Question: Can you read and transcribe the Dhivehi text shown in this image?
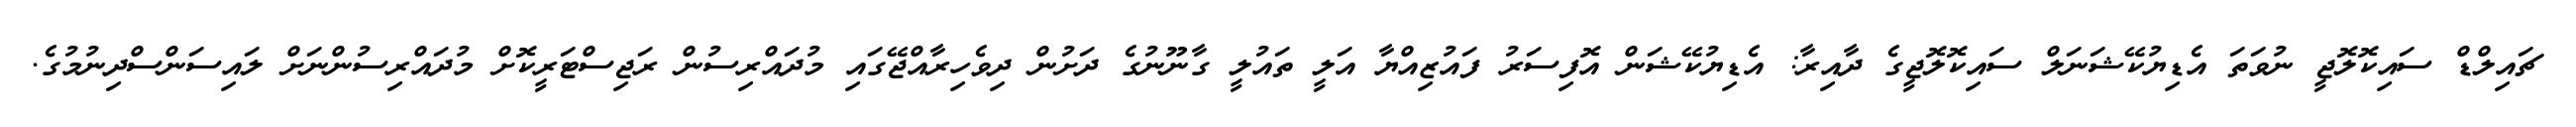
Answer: ޗައިލްޑް ސައިކޮލޮޖީ ނުވަތަ އެޑިޔުކޭޝަނަލް ސައިކޮލޮޖީގެ ދާއިރާ: އެޑިޔުކޭޝަން އޮފިސަރު ފައުޒިއްޔާ އަލީ ތައުލީ ގާނޫނުގެ ދަށުން ދިވެހިރާއްޖޭގައި މުދައްރިސުން ރަޖިސްޓަރީކޮށް މުދައްރިސުންނަށް ލައިސަންސްދިނުމުގެ.